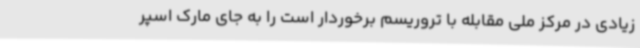
زیادی در مرکز ملی مقابله با تروریسم برخوردار است را به جای مارک اسپر